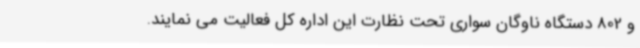
و 802 دستگاه ناوگان سواری تحت نظارت این اداره کل فعالیت می نمایند.